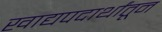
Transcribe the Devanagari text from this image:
खाद्यपदार्थांतून